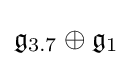
{\mathfrak {g}}_{3.7}\oplus {\mathfrak {g}}_{1}